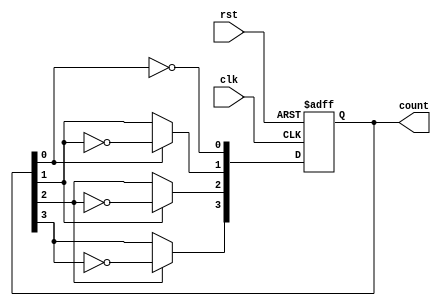
module ripple_counter (
    input wire clk,         // Clock input
    input wire rst,         // Asynchronous reset
    output reg [3:0] count  // 4-bit output count
);

    // T flip-flop behavior
    always @(posedge clk or posedge rst) begin
        if (rst) begin
            count <= 4'b0000; // Reset the counter to 0
        end else begin
            count[0] <= ~count[0];  // Toggle the least significant bit
            count[1] <= count[0] ? ~count[1] : count[1]; // Toggle on the falling edge of Q0
            count[2] <= count[1] ? ~count[2] : count[2]; // Toggle on the falling edge of Q1
            count[3] <= count[2] ? ~count[3] : count[3]; // Toggle on the falling edge of Q2
        end
    end

endmodule